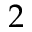
2